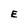
Character: E